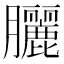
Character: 𫇃